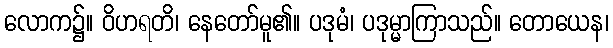
လောက၌။ ဝိဟရတိ၊ နေတော်မူ၏။ ပဒုမံ၊ ပဒုမ္မာကြာသည်။ တောယေန၊